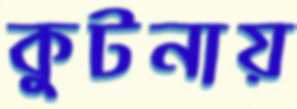
কুটনায়